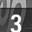
Digit: 3